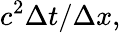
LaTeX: c^{2}\Delta t/\Delta x,